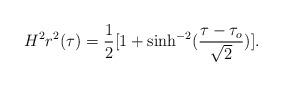
LaTeX: \begin{align*}H^2r^2(\tau)=\frac{1}{2}[1+\sinh^{-2}(\frac{\tau-\tau_o}{\sqrt{2}})].\end{align*}